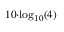
\scriptstyle 1 0 \cdot \log _ { 1 0 } ( 4 )